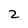
Character: 2